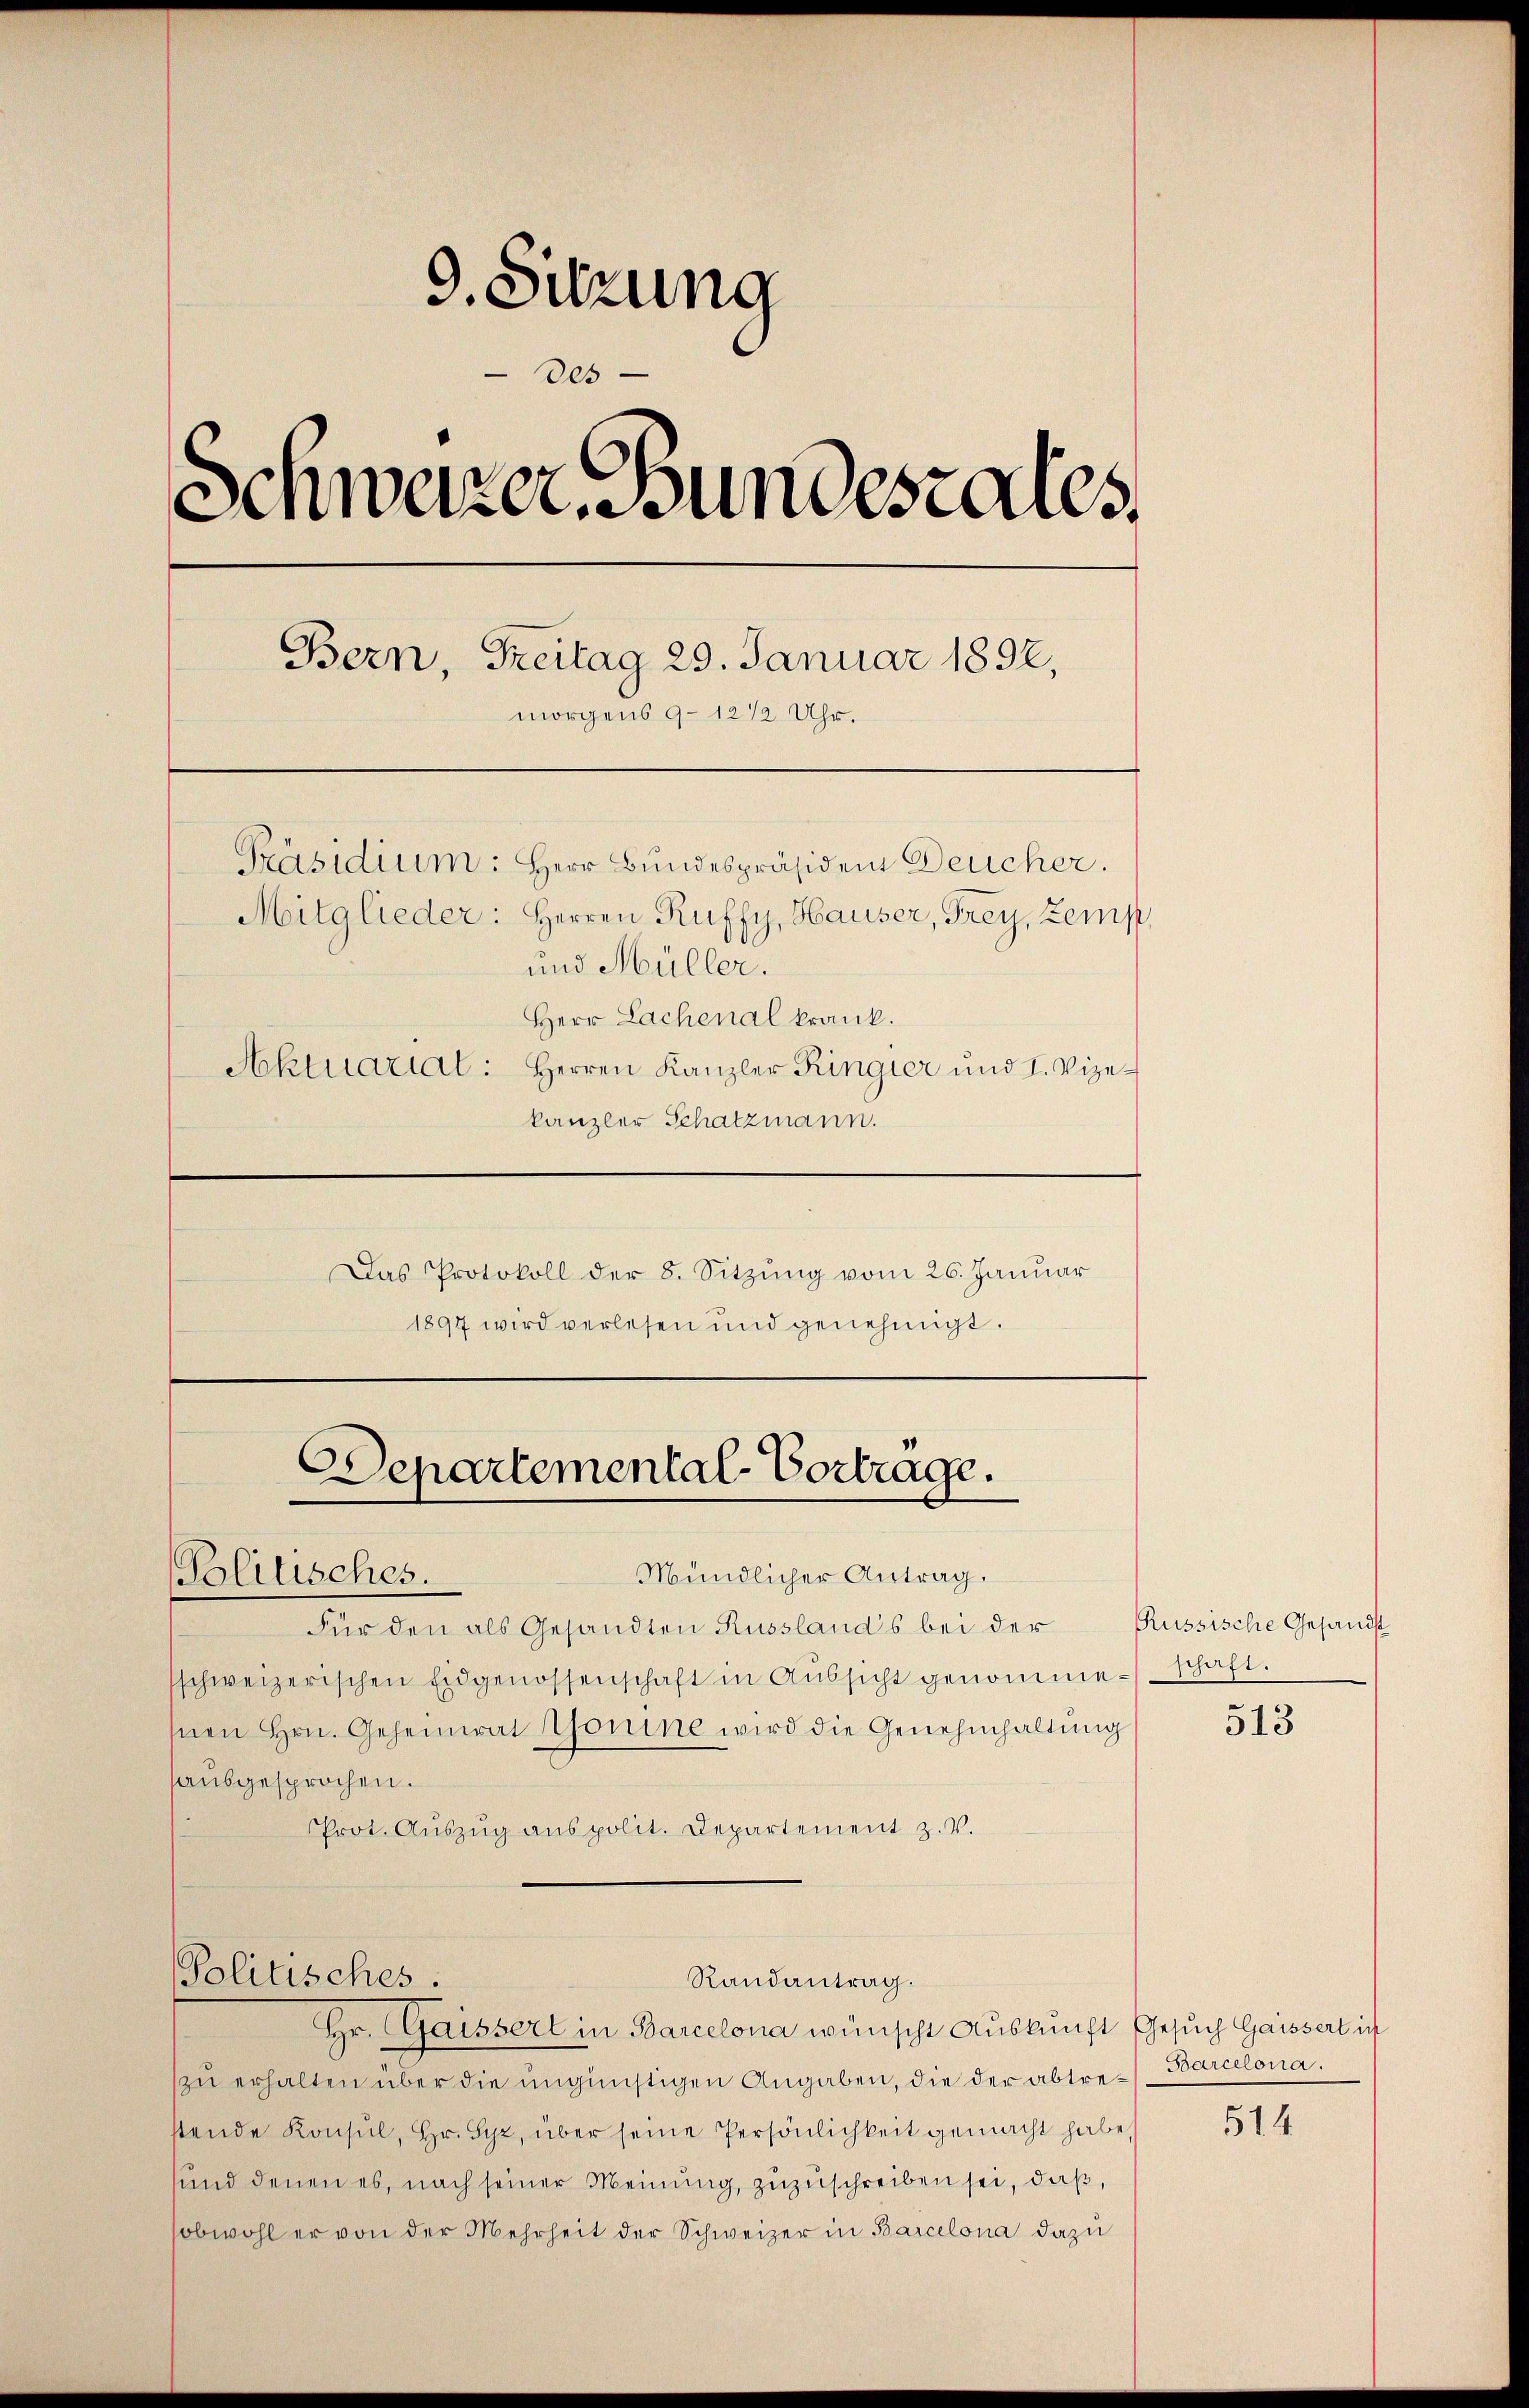
9. Sitzung
des
Schweizer. Bundestales,
Bern, Freitag 29. Januar 1892,
morgens 9–12 1/2 Uhr.
Präsidium: Herr Bundespräsident Deucher.
Mitglieder: Herren Ruffy, Hauser, Frey, Zemp
und Müller.
Herr Lachenal krank.
Aktuarial: Herren Kanzler Ringier und I. Vize-
kanzler Schatzmann.

Das Protokoll der 8. Sitzung vom 26. Januar
1897 wird verlesen und genehmigt.

Departemental-Vortrage.
Mündlicher Antrag.
Politisches.
Für den als Gesandten Russland's bei der Russische Gesandst

Politisches.

sschweizerischen Eidgenossenschaft in Aŭssicht genommenschaft.
Inen Hrn. Geheimrat Romine wird die Genehmhaltung
sausgesprochen.
Prot. Aŭszŭg anspolit. Departement z. V.

Randantrag.

Hr. Gaissert in Barcelona wünscht Auskunft Gesuch Gaissert in
zu erhalten über die ungünstigen Angaben, die der abtrestende Konsul, Hr. Syz, über seine Persönlichkeit gemacht habe
sund denen es, nach seiner Meinung, zuzuschreiben sei, daß,
sobwohl er von der Mehrheit der Schweizer in Barcelona dazu

513

Barcelona.

514